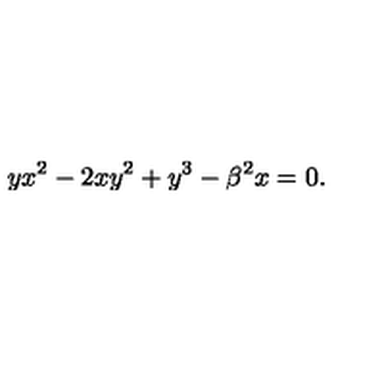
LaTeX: y x ^ { 2 } - 2 x y ^ { 2 } + y ^ { 3 } - \beta ^ { 2 } x = 0 .